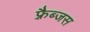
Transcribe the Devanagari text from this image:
फ़्रैब्जस